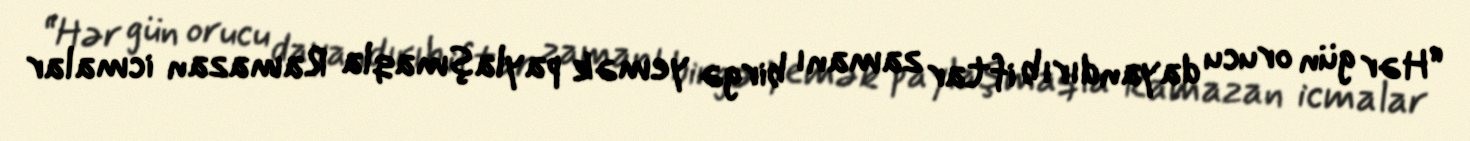
“Hər gün orucu dayandırıb iftar zamanı birgə yemək paylaşmaqla Ramazan icmalar